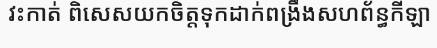
វះកាត់ ពិសេសយកចិត្តទុកដាក់ពង្រឹងសហព័ន្ធកីឡា